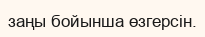
заңы бойынша өзгерсін.